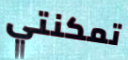
تمكنتي